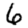
Digit: 6